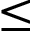
\leq